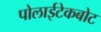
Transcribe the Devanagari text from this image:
पोलाईटेकबोट